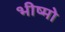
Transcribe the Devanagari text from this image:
भीष्मो